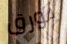
بورق